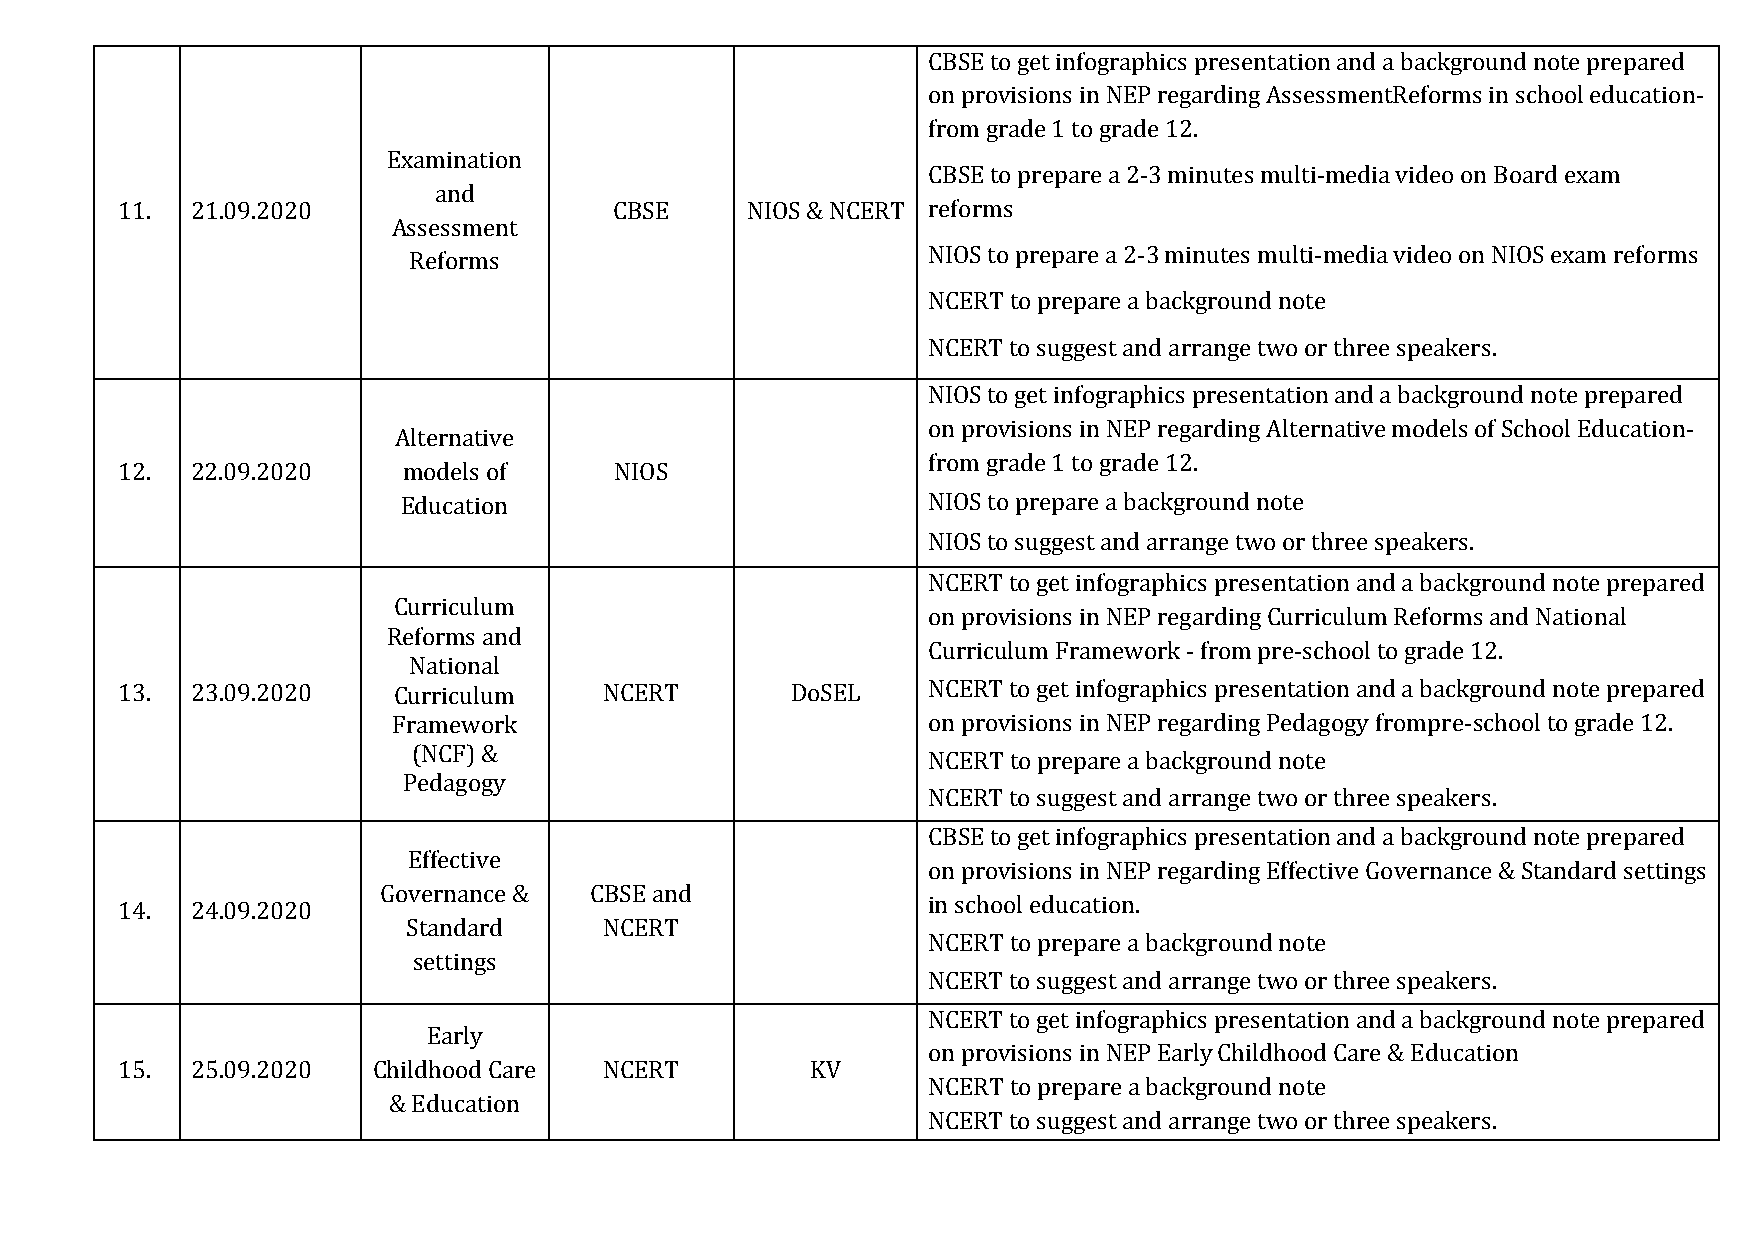
CBSE to get infographics presentation and a background note prepared
 on provisions in NEP regarding AssessmentReforms in school education-
 from grade 1 to grade 12.
 Examination
 CBSE to prepare a 2-3 minutes multi-media video on Board exam
 and
 11.  21.09.2020                  CBSE    NIOS & NCERT reforms
 Assessment
 Reforms                           NIOS to prepare a 2-3 minutes multi-media video on NIOS exam reforms
 NCERT to prepare a background note
 NCERT to suggest and arrange two or three speakers.
 NIOS to get infographics presentation and a background note prepared
 on provisions in NEP regarding Alternative models of School Education-
 Alternative
 from grade 1 to grade 12.
 12.  22.09.2020    models of     NIOS
 Education                         NIOS to prepare a background note
 NIOS to suggest and arrange two or three speakers.
 NCERT to get infographics presentation and a background note prepared
 Curriculum
 on provisions in NEP regarding Curriculum Reforms and National
 Reforms and
 Curriculum Framework - from pre-school to grade 12.
 National
 13.  23.09.2020   Curriculum    NCERT       DoSEL    NCERT to get infographics presentation and a background note prepared
 Framework                          on provisions in NEP regarding Pedagogy frompre-school to grade 12.
 (NCF) &
 NCERT to prepare a background note
 Pedagogy
 NCERT to suggest and arrange two or three speakers.
 CBSE to get infographics presentation and a background note prepared
 Effective
 on provisions in NEP regarding Effective Governance & Standard settings
 Governance &  CBSE and
 14.  24.09.2020                                      in school education.
 Standard     NCERT
 NCERT to prepare a background note
 settings
 NCERT to suggest and arrange two or three speakers.
 NCERT to get infographics presentation and a background note prepared
 Early
 on provisions in NEP Early Childhood Care & Education
 15.  25.09.2020  Childhood Care NCERT         KV
 NCERT to prepare a background note
 & Education
 NCERT to suggest and arrange two or three speakers.